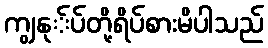
ကျွနု်ပ်တို့ရိပ်စားမိပါသည်